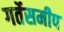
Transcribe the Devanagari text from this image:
गर्तेसमीप